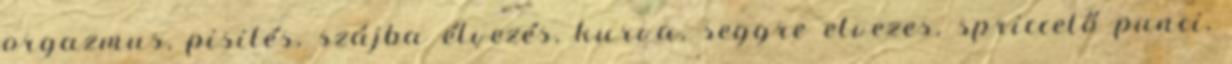
orgazmus, pisilés, szájba élvezés, kurva, seggre elvezes, spriccelő punci,